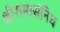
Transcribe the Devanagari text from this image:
श्रीरामासंनिध